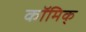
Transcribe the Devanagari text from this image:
कॉमिक्